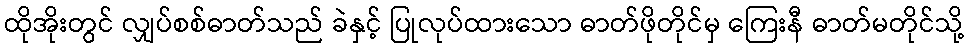
ထိုအိုးတွင် လျှပ်စစ်ဓာတ်သည် ခဲနှင့် ပြုလုပ်ထားသော ဓာတ်ဖိုတိုင်မှ ကြေးနီ ဓာတ်မတိုင်သို့